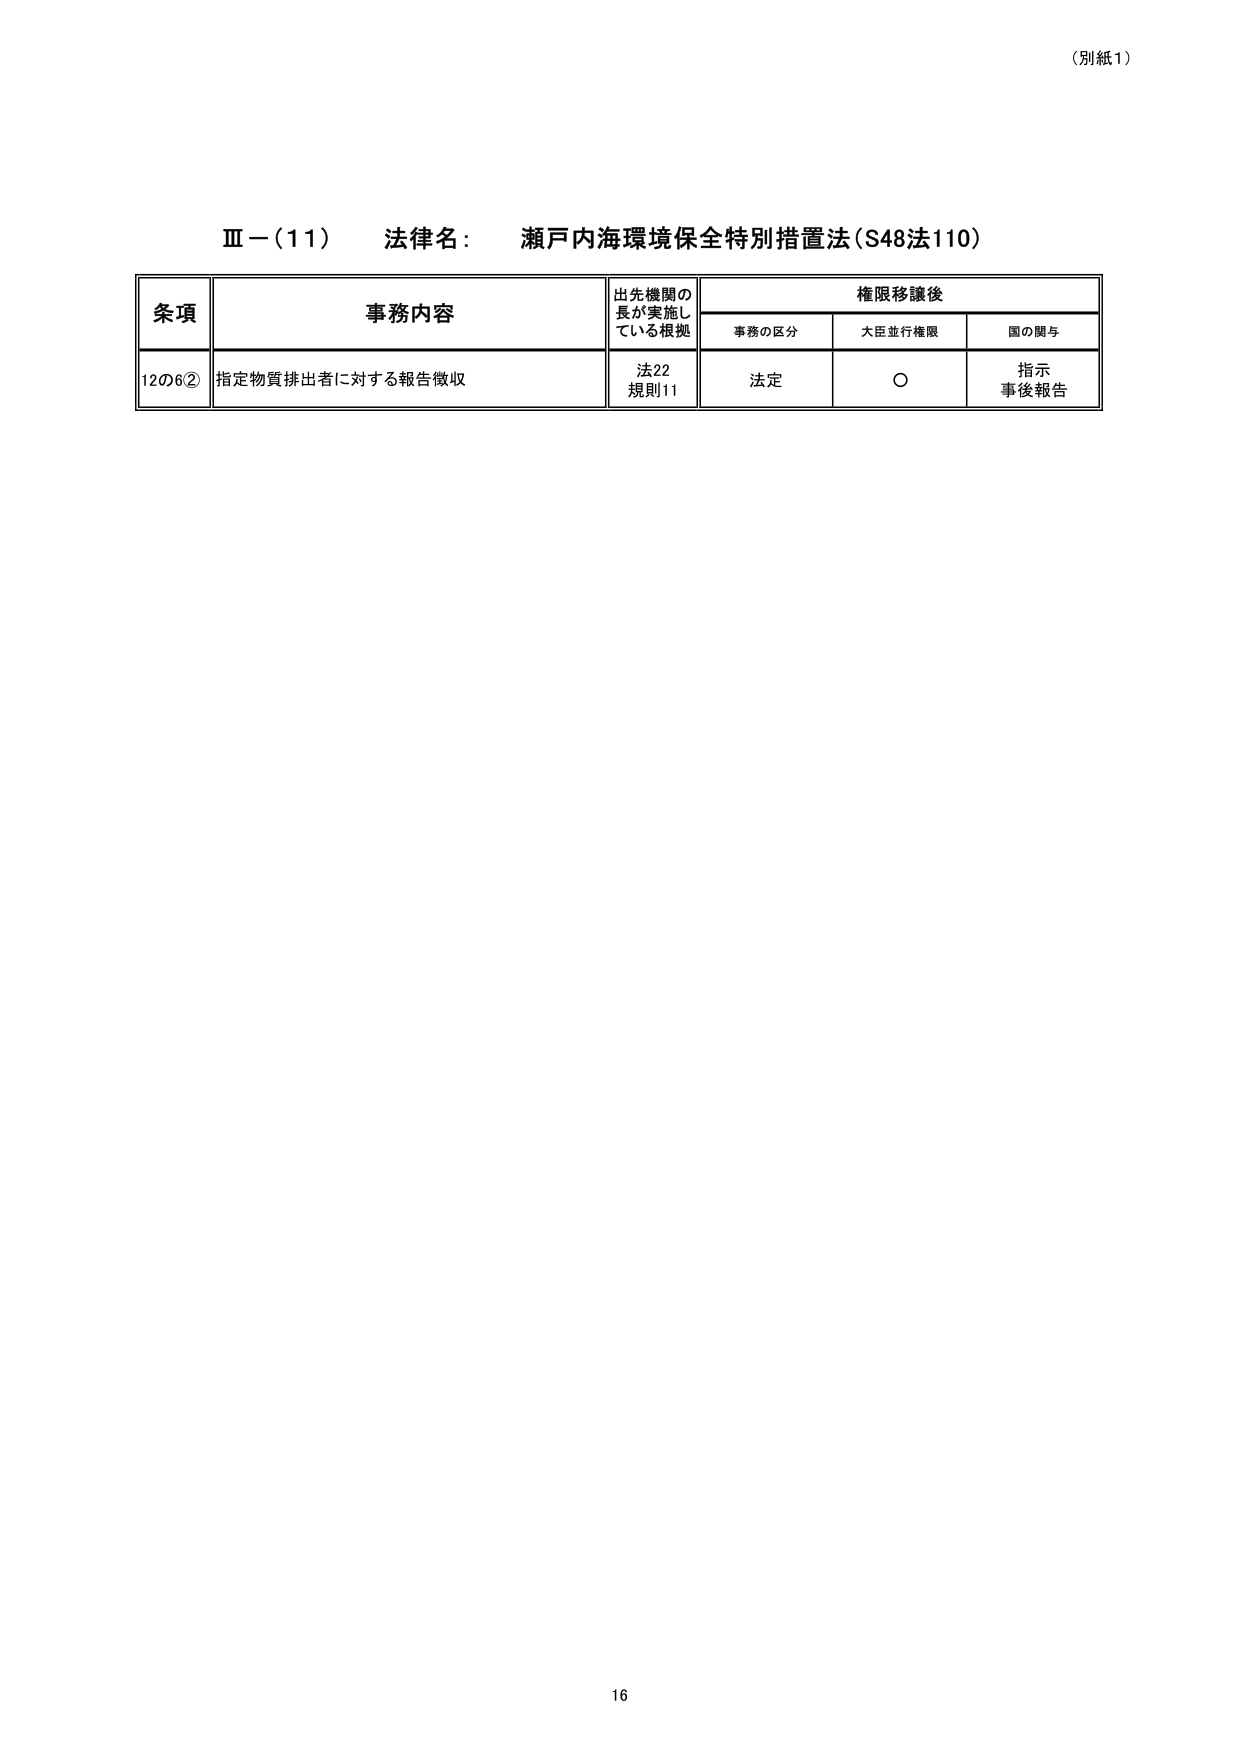
（別紙1）

Ⅲ－(11)　法律名：　瀬戸内海環境保全特別措置法（S48法110）

条項　　　　　　　事務内容　　　　　　　出先機関の長が実施している根拠　　　権限移譲後
　　　　　　　　　　　　　　　　　　　　　　　　　　　　　　　　　　事務の区分　　大臣並行権限　　国の関与

12の6②　指定物質排出者に対する報告徴収　　法22　　　　　法定　　　　　○　　　　　指示
　　　　　　　　　　　　　　　　　　　　規則11　　　　　　　　　　　　　　　　　事後報告

16